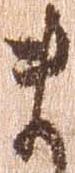
ま